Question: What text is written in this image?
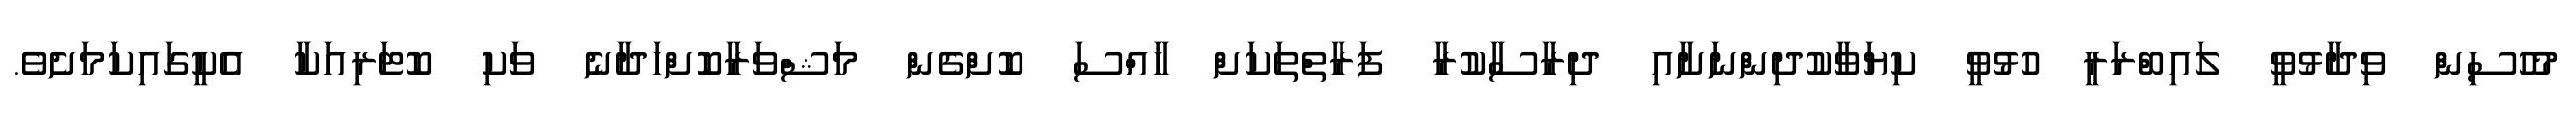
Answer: މުހުސިން ވިދާޅުވީ ލައިބްރަރީ ހުޅުވީ ކިޔަވާކުދިންނަށާއި ދިރާސާކުރާ ފަރާތްތަކަށް ޚާއްސަ ކޮށްގެން މަޝްވަރާކޮށްހަދާނެ ވަކި ކޮޓަރިއަކާ އެކީގައިކަމަށެވެ.